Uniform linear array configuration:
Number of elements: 12
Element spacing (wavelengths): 0.25
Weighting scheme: blackman
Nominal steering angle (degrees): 60
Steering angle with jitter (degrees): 61.112
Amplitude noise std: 0.05
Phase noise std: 0.05

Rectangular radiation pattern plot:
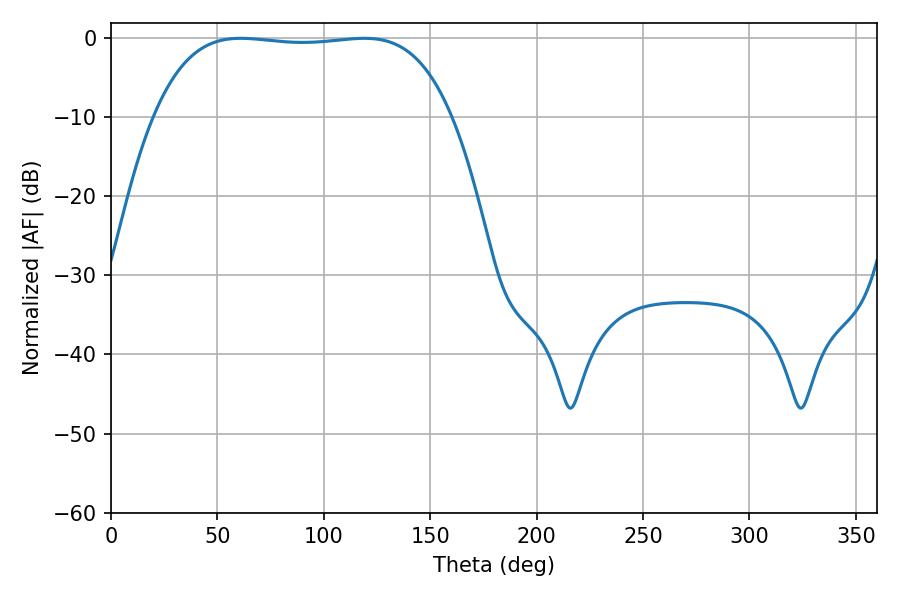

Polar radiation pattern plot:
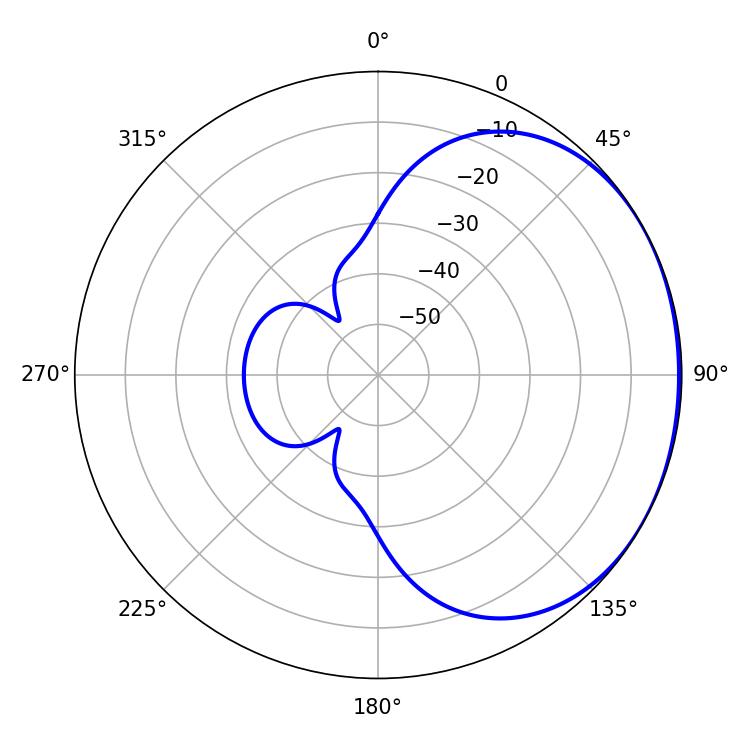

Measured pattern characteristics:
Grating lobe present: FALSE
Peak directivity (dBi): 1.096
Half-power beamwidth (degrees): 109.8
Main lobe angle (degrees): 61.02